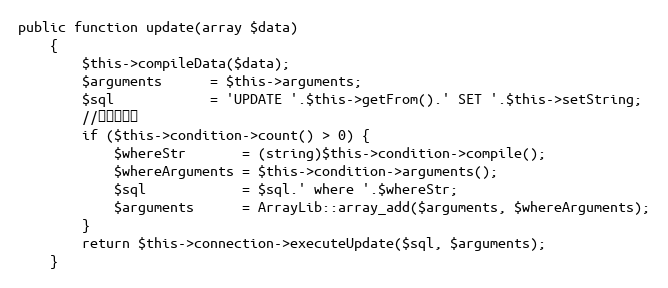
Language: PHP
public function update(array $data)
    {
        $this->compileData($data);
        $arguments      = $this->arguments;
        $sql            = 'UPDATE '.$this->getFrom().' SET '.$this->setString;
        //设置了条件
        if ($this->condition->count() > 0) {
            $whereStr       = (string)$this->condition->compile();
            $whereArguments = $this->condition->arguments();
            $sql            = $sql.' where '.$whereStr;
            $arguments      = ArrayLib::array_add($arguments, $whereArguments);
        }
        return $this->connection->executeUpdate($sql, $arguments);
    }